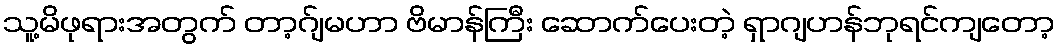
သူ့မိဖုရားအတွက် တာ့ဂ်ျမဟာ ဗိမာန်ကြီး ဆောက်ပေးတဲ့ ရှာဂျဟန်ဘုရင်ကျတော့